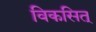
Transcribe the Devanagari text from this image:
विकसित्